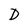
Character: D